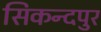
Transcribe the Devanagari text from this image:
सिकन्दपुर